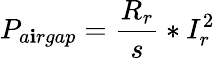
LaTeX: P_{a\mathbf{i}rgap}={\frac{{R_{r}}}{{s}}}*I_{r}^{2}